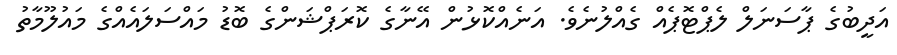
އަދީބުގެ ޕާސަނަލް ލެޕްޓޮޕެއް ގެއްލުނެވެ. އަނެއްކޮޅުން އޭނާގެ ކޮރަޕްޝަންގެ ބޮޑު މައްސަލައެއްގެ މައުލޫމާތު